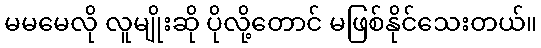
မမမေလို လူမျိုးဆို ပိုလို့တောင် မဖြစ်နိုင်သေးတယ်။